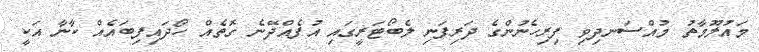
މައުލޫމާތު މުއްސަނދިވި ފިރިހެނުންގެ ދަރިފަނި ލެބޯޓަރީގައި އުފެއްދޭނެ ގޮތެއް ހޯދައިފިބައެއް ކާނާ އަކީ